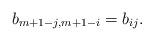
LaTeX: \begin{align*} b_{m+1-j,m+1-i} = b_{ij}.\end{align*}